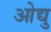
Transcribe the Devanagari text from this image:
ओद्यु